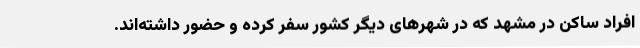
افراد ساکن در مشهد که در شهرهای دیگر کشور سفر کرده و حضور داشته‌اند.